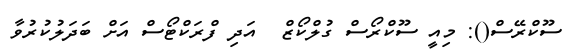
ސޫކްރޭސް(): މިއީ ސޫކްރޯސް ގުލްކޯޒް  އަދި ފްރަކްޓޯސް އަށް ބަދަލުކުރުވާ